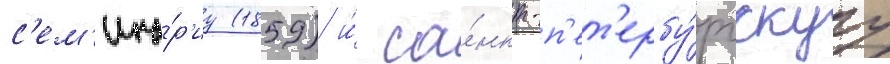
с'ем'ина́р'иу (1859) и́ са́нкт-п'ет'ербу́ргскуу